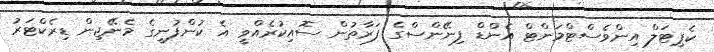
ކެޕިޓަލް އިންވެސްޓްމަންޓް އެންޑް ފިނޭންސްގެ ފަރާތުން ސޮއިކުރެއްވީ އެ ކުންފުނީގެ މެނޭޖިން ޑިރެކްޓަރު